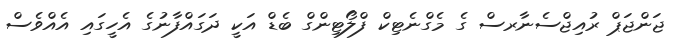
ޖަންޖަޕް ރުއިޖްސެނާރސް ގެ މެގްނެޓިކް ފްލޯޓިންގް ބެޑް އަކީ ދަގައްފާނުގެ އެހީގައި އެއްވެސް